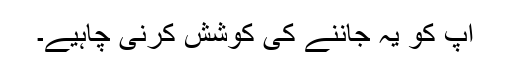
آپ کو یہ جاننے کی کوشش کرنی چاہیے۔